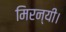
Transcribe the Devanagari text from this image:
मिरन्यी।